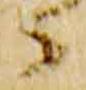
々